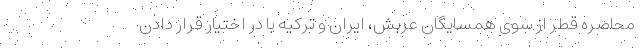
محاصره قطر از سوی همسایگان عربش، ایران و ترکیه با در اختیار قرار دادن